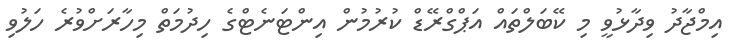
އިމްޖާދު ވިދާޅުވީ މި ކޭބަލްތައް އަޕްގްރޭޑް ކުރުމުން އިންޓަނެޓްގެ ހިދުމަތް މިހާރަށްވުރެ ހަލުވި